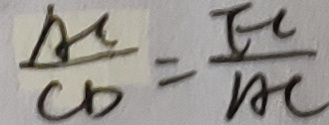
\frac { A C } { C D } = \frac { E C } { A C }